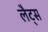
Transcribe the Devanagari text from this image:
लैट्स